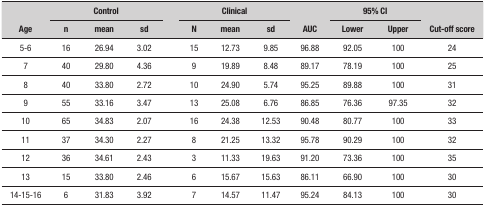
| <ROWSPAN=2> Age | <COLSPAN=3> Control | <ROWSPAN=2>  | <COLSPAN=3> Clinical | <ROWSPAN=2> AUC | <COLSPAN=2> 95% CI | <ROWSPAN=2> Cut-off score |
 | n | mean | sd | N | mean | sd | Lower | Upper |
 | --- | --- | --- | --- | --- | --- | --- | --- | --- | --- | --- | --- |
 | 5-6 | 16 | 26.94 | 3.02 |  | 15 | 12.73 | 9.85 | 96.88 | 92.05 | 100 | 24 |
 | 7 | 40 | 29.80 | 4.36 |  | 9 | 19.89 | 8.48 | 89.17 | 78.19 | 100 | 25 |
 | 8 | 40 | 33.80 | 2.72 |  | 10 | 24.90 | 5.74 | 95.25 | 89.88 | 100 | 31 |
 | 9 | 55 | 33.16 | 3.47 |  | 13 | 25.08 | 6.76 | 86.85 | 76.36 | 97.35 | 32 |
 | 10 | 65 | 34.83 | 2.07 |  | 16 | 24.38 | 12.53 | 90.48 | 80.77 | 100 | 33 |
 | 11 | 37 | 34.30 | 2.27 |  | 8 | 21.25 | 13.32 | 95.78 | 90.29 | 100 | 32 |
 | 12 | 36 | 34.61 | 2.43 |  | 3 | 11.33 | 19.63 | 91.20 | 73.36 | 100 | 35 |
 | 13 | 15 | 33.80 | 2.46 |  | 6 | 15.67 | 15.63 | 86.11 | 66.90 | 100 | 30 |
 | 14-15-16 | 6 | 31.83 | 3.92 |  | 7 | 14.57 | 11.47 | 95.24 | 84.13 | 100 | 30 |